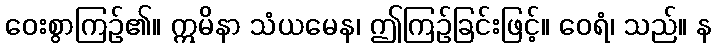
ဝေးစွာကြဉ်၏။ ဣမိနာ သံယမေန၊ ဤကြဉ်ခြင်းဖြင့်။ ဝေရံ၊ သည်။ န